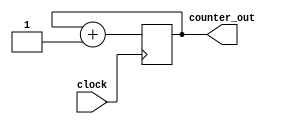
// This is an example of a simple 32 bit up-counter called simple_counter.v
// It has a single clock input and a 32-bit output port
module simple_counter (input clock , output reg [31:0] counter_out); 
always @ (posedge clock)// on positive clock edge
begin 
 counter_out <= #1 counter_out + 1;// increment counter
end 
endmodule// end of module counter